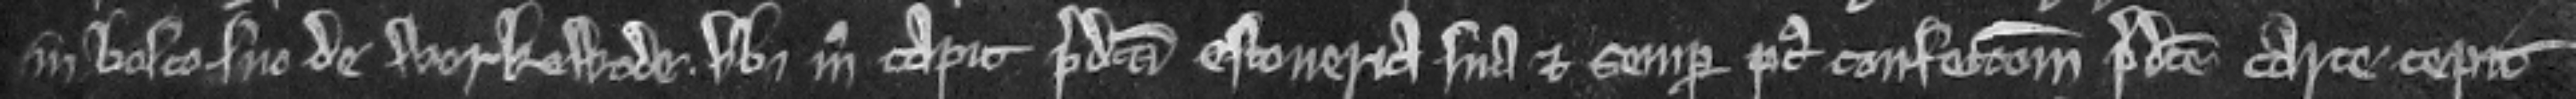
in bosco suo de Werkewode. ubi modo capit predicta estoveria sua et semper post confeccionem predicte carte cepit